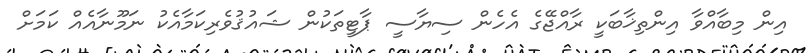
އިން މިބާއްވާ އިންތިޚާބަކީ ރާއްޖޭގެ އެހެން ސިޔާސީ ޕާޓީތަކުން ޝައުޤުވެރިކަމާއެކު ނަމޫނާއެއް ކަމަށް